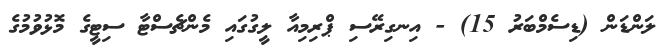
ލަންޑަން (ޑިސެމްބަރު 15) - އިނގިރޭސި ޕްރިމިއާ ލީގުގައި މެންޗެސްޓާ ސިޓީގެ މޮޅުވުމުގެ